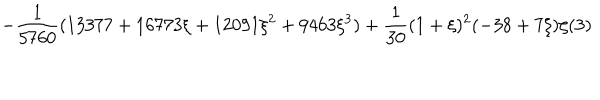
LaTeX: \displaystyle - \frac { 1 } { 5 7 6 0 } ( 1 3 3 7 7 + 1 6 7 7 3 \xi + 1 2 0 9 1 \xi ^ { 2 } + 9 4 6 3 \xi ^ { 3 } ) + \frac { 1 } { 3 0 } ( 1 + \xi ) ^ { 2 } ( - 3 8 + 7 \xi ) \zeta ( 3 )